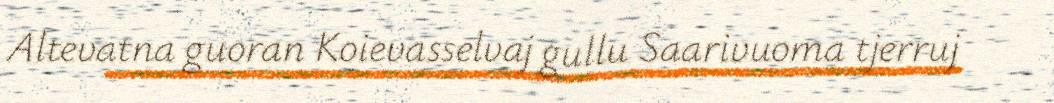
Altevatna guoran Koievasselvaj gullu Saarivuoma tjerruj